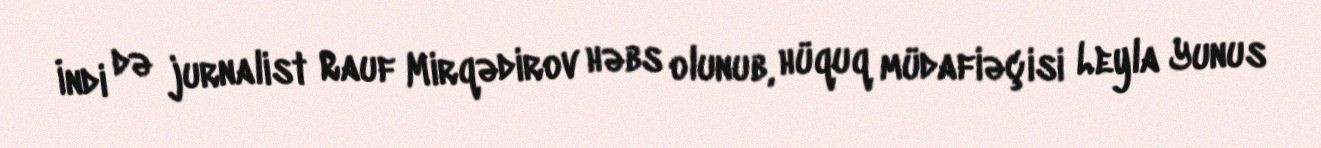
İndi də jurnalist Rauf Mirqədirov həbs olunub, hüquq müdafiəçisi Leyla Yunus